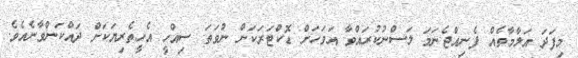
މިފަދަ އަލާމާތެއް ފެނިއްޖެނަމަ ލަސްނުކުރައްވާ އަވަހަށް ޑޮކްޓަރަކަށް ނުވަތަ ސިއްހީ އެހީތެރިޔަކަށް ދައްކަންވާނެއެވެ.